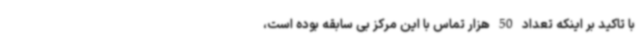
با تاکید بر اینکه تعداد 50 هزار تماس با این مرکز بی سابقه بوده است،